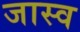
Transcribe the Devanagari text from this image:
जास्व